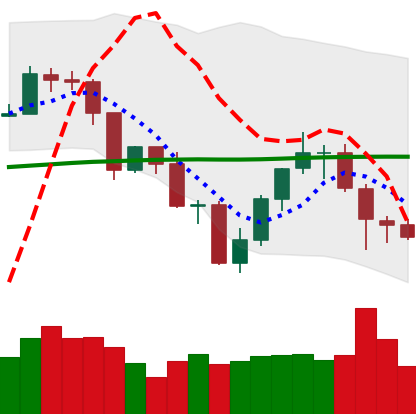
Ticker: TRX-USD
Chart end date: 2019-07-25
Forward return: -3.875%
Label: down_3_5